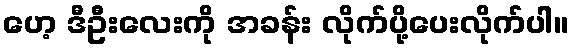
ဟေ့ ဒီဦးလေးကို အခန်း လိုက်ပို့ပေးလိုက်ပါ။